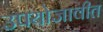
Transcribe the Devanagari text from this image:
उपयोजावीत